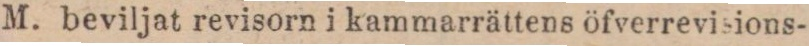
M. beviljat revisorn i kammarrättens öfverrevisions-